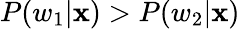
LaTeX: P(w_{1}|\mathbf{x})>P(w_{2}|\mathbf{x})